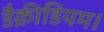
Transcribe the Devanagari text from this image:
डैक्रीडियम।